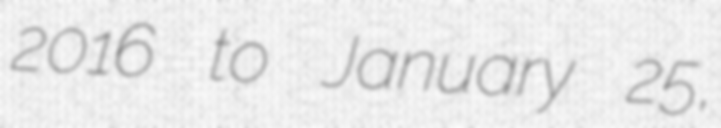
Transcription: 2016 to January 25,